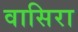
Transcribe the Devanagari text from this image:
वासिरा